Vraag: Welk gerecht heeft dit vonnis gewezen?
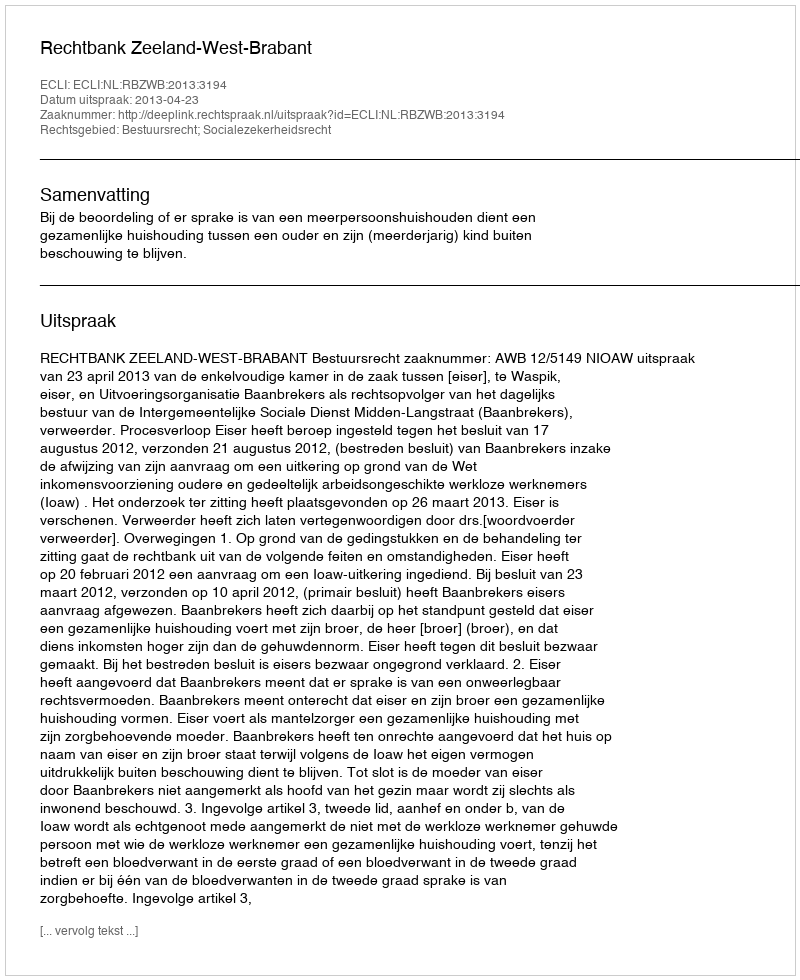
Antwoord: Rechtbank Zeeland-West-Brabant